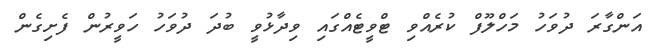
އަންގާރަ ދުވަހު މަހްލޫފް ކުރެއްވި ޓްވީޓެއްގައި ވިދާޅުވީ ބުދަ ދުވަހު ހަވީރުން ފެށިގެން